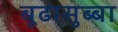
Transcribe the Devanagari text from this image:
बूढासुब्बा